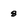
Character: 8